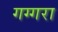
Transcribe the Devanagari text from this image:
गग्गरा